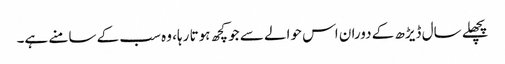
پچھلے سال ڈیڑھ کے دوران اس حوالے سے جو کچھ ہوتا رہا، وہ سب کے سامنے ہے۔